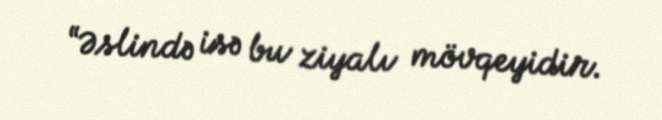
“Əslində isə bu ziyalı mövqeyidir.